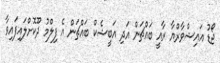
ޖޯޑު އައިޝްވާރްޔާ ރާއީ ބައްޗަން އަދި އަބީޝެކް ބައްޗަން އެ ފިލްމު ދޫކޮށްލައިފައިވާ